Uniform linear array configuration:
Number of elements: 12
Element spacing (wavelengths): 0.5
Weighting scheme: cosine
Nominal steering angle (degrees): -45
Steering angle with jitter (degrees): -46.671
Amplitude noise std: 0.05
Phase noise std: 0.05

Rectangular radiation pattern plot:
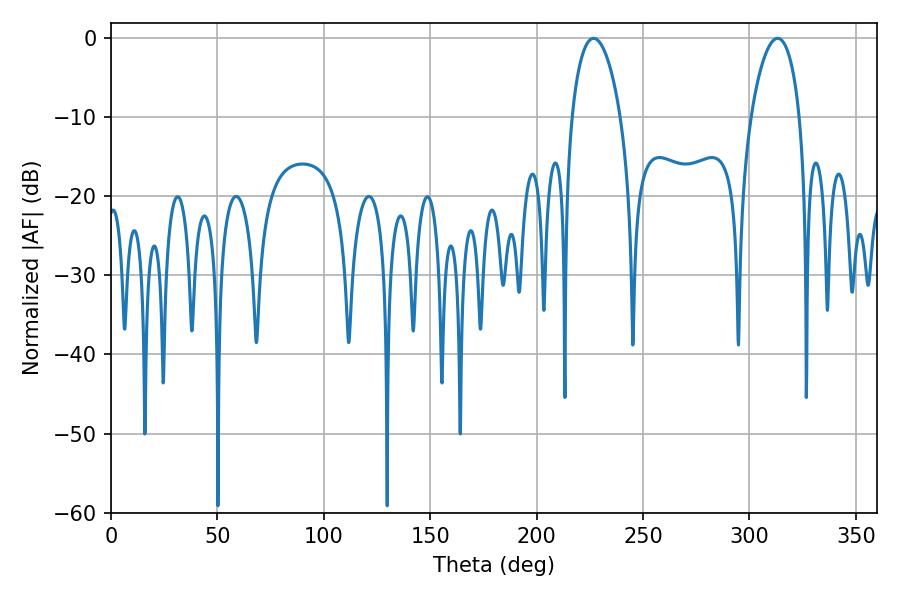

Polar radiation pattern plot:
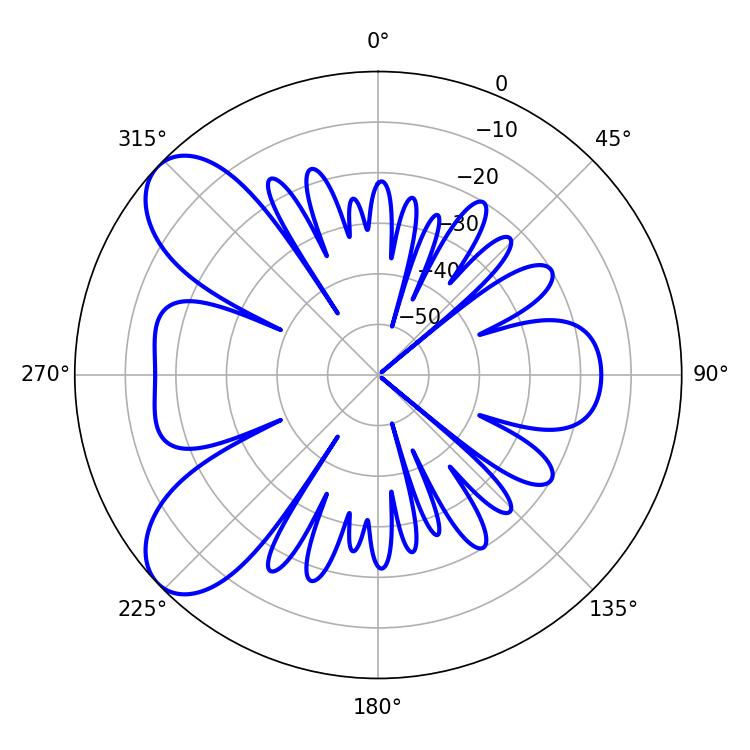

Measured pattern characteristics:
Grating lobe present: FALSE
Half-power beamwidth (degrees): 12.96
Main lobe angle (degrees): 226.8